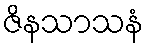
ဇိနသာသနံ